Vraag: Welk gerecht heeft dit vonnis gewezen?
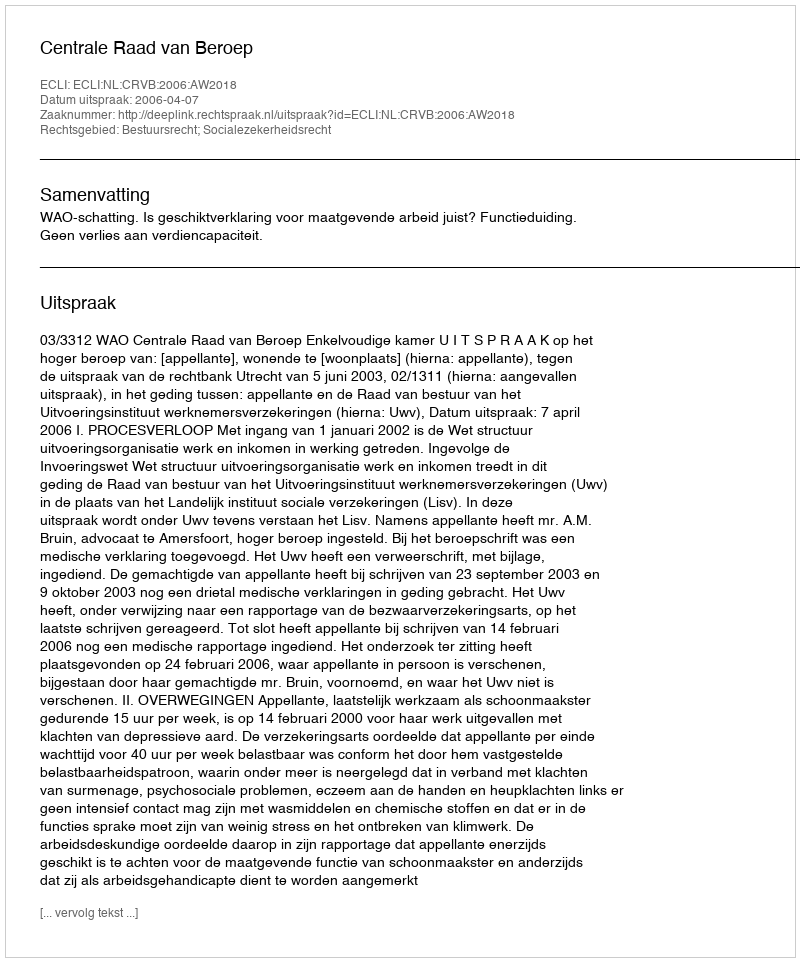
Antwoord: Centrale Raad van Beroep